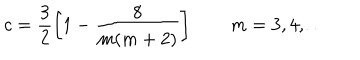
LaTeX: c = \frac { 3 } { 2 } \left[ 1 - \frac { 8 } { m ( m + 2 ) } \right] \qquad m = 3 , 4 , \ldots